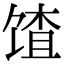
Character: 馇